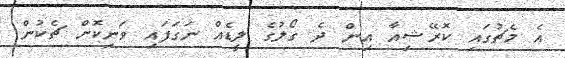
އެ މެޗުގައި ކޮރޭޝިއާ އިން ދެ ގޯލުގެ ލީޑެއް ނަގަފައި ވަނިކޮށް ޗެކުން